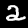
Label: 2